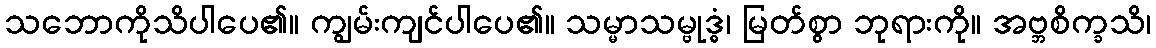
သဘောကိုသိပါပေ၏။ ကျွမ်းကျင်ပါပေ၏။ သမ္မာသမ္ဗုဒ္ဓံ၊ မြတ်စွာ ဘုရားကို။ အဗ္ဘစိက္ခသိ၊